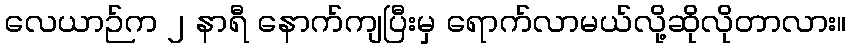
လေယာဉ်က ၂ နာရီ နောက်ကျပြီးမှ ရောက်လာမယ်လို့ဆိုလိုတာလား။